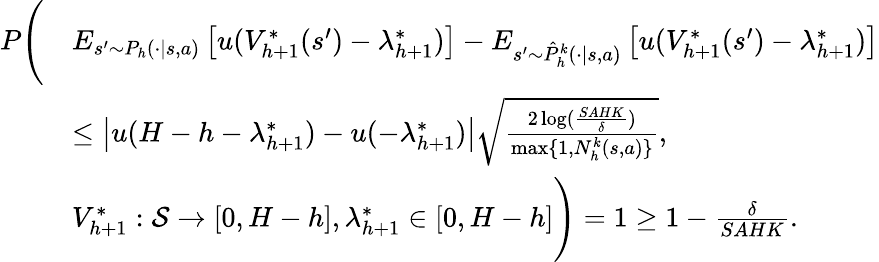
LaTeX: \begin{array}{rl}{P\Bigg(}&{E_{s^{\prime}\sim P_{h}(\cdot\vert s,a)}\left[u(V_{h+1}^{*}(s^{\prime})-\lambda_{h+1}^{*})\right]-E_{s^{\prime}\sim\hat{P}_{h}^{k}(\cdot\vert s,a)}\left[u(V_{h+1}^{*}(s^{\prime})-\lambda_{h+1}^{*})\right]}\\ &{\leq\left\vert u(H-h-\lambda_{h+1}^{*})-u(-\lambda_{h+1}^{*})\right\vert\sqrt{\frac{2\log(\frac{SAHK}{\delta})}{\operatorname*{max}\{ 1,N_{h}^{k}(s,a)\} }},}\\ &{V_{h+1}^{*}:\mathcal{S}\to[0,H-h],\lambda_{h+1}^{*}\in[0,H-h]\Bigg)=1\geq 1-\frac{\delta}{SAHK}.}\end{array}